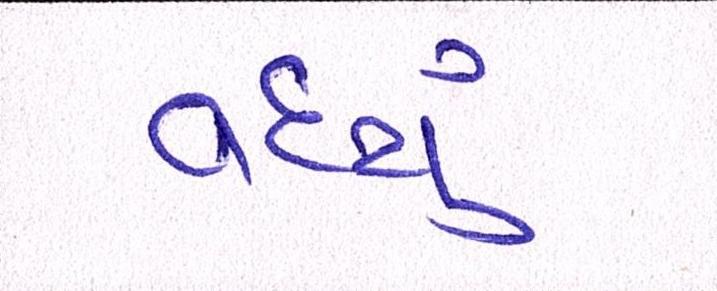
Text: વધ્યું